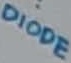
Text: DIODE